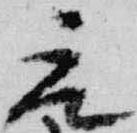
元